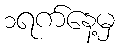
၁ရက်နေ့မှ